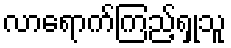
လာရောက်ကြည့်ရှုသူ